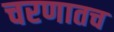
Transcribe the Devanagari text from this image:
चरणातच